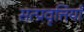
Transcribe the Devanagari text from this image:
सत्प्रवृत्तियाँ